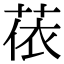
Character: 𦲤